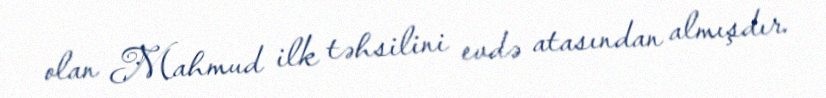
olan Mahmud ilk təhsilini evdə atasından almışdır.